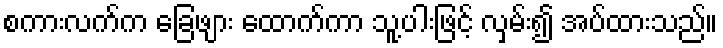
စကားလက်က ခြေဖျား ထောက်ကာ သူ့ပါးဖြင့် လှမ်း၍ အပ်ထားသည်။